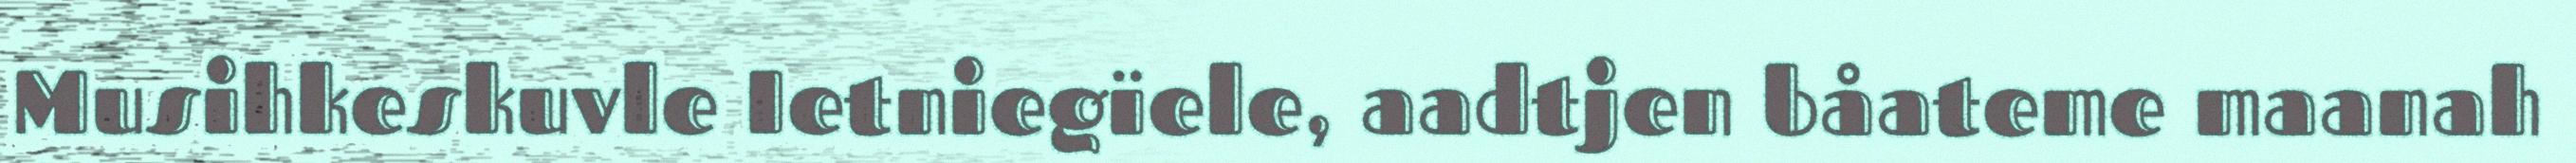
Musihkeskuvle Ietniegïele, aadtjen båateme maanah